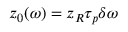
z _ { 0 } ( \omega ) = z _ { R } \tau _ { p } \delta \omega